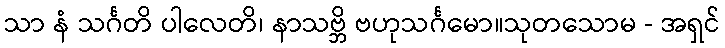
သာ နံ သင်္ဂတိ ပါလေတိ၊ နာသဗ္ဘိ ဗဟုသင်္ဂမော။သုတသောမ - အရှင်